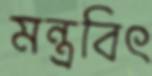
মন্ত্রবিৎ